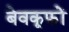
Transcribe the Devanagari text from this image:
बेवकूफ़ों